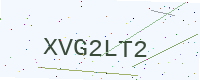
Text: XVG2LT2